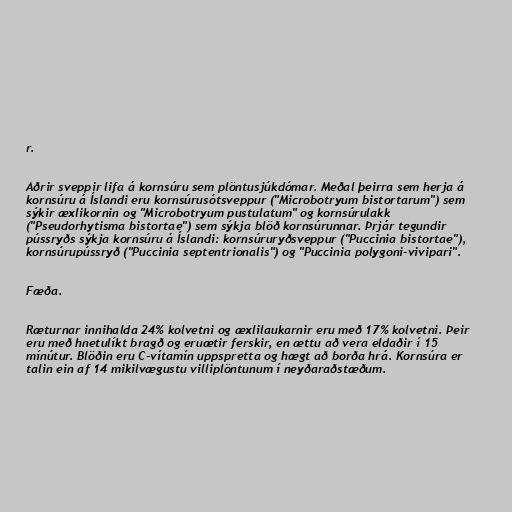
r.

Aðrir sveppir lifa á kornsúru sem plöntusjúkdómar. Meðal þeirra sem herja á
kornsúru á Íslandi eru kornsúrusótsveppur ("Microbotryum bistortarum") sem
sýkir æxlikornin og "Microbotryum pustulatum" og kornsúrulakk
("Pseudorhytisma bistortae") sem sýkja blöð kornsúrunnar. Þrjár tegundir
pússryðs sýkja kornsúru á Íslandi: kornsúruryðsveppur ("Puccinia bistortae"),
kornsúrupússryð ("Puccinia septentrionalis") og "Puccinia polygoni-vivipari".

Fæða.

Ræturnar innihalda 24% kolvetni og æxlilaukarnir eru með 17% kolvetni. Þeir
eru með hnetulíkt bragð og eruætir ferskir, en ættu að vera eldaðir í 15
mínútur. Blöðin eru C-vítamín uppspretta og hægt að borða hrá. Kornsúra er
talin ein af 14 mikilvægustu villiplöntunum í neyðaraðstæðum.